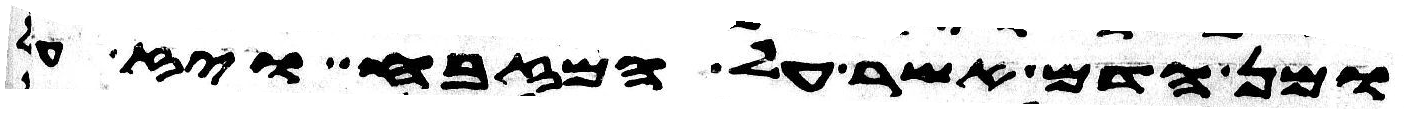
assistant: ומן הדם אשר על המזבח ויז על